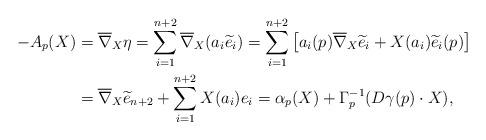
LaTeX: \begin{align*}-A_p(X) &= \overline{\nabla}_X \eta = \sum_{i=1}^{n+2} \overline{\nabla}_X(a_i \widetilde{e}_i) = \sum_{i=1}^{n+2} \left[ a_i(p) \overline{\nabla}_X \widetilde{e}_i + X(a_i) \widetilde{e}_i (p) \right] \\ &= \overline{\nabla}_X \widetilde{e}_{n+2} + \sum_{i=1}^{n+2} X(a_i) e_i = \alpha_p(X) + \Gamma_p^{-1}(D \gamma(p) \cdot X),\end{align*}